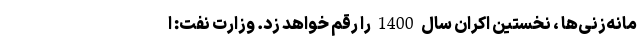
مانه‌زنی‌ها ، نخستین اکران سال 1400 را رقم خواهد زد. وزارت نفت: ا